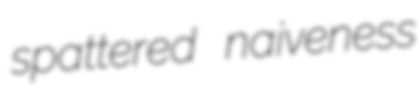
spattered naiveness